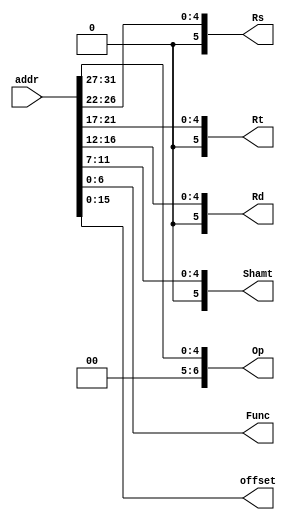
module Decoder (
              addr,
              Op,
              Rs,
              Rt,
              Rd,
              Shamt,
              Func,
              offset
              );
	input [31:0] addr ;
	output reg [6:0] Op;
	output reg [5:0] Rs;
	output reg [5:0] Rt;
	output reg [5:0] Rd;
	output reg [5:0] Shamt;
	output reg [6:0] Func;
	output reg [15:0] offset;

	always@(*)	begin
		Op = addr[31:27] ;
		Rs = addr[26:22] ;
		Rt = addr[21:17] ;
		Rd = addr[16:12] ;
		Shamt = addr[11:7] ;
		Func = addr[6:0] ;
		offset = addr[15:0] ;

	end

endmodule